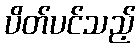
ပိတ်ပင်သည့်